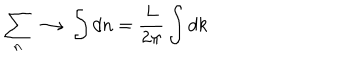
LaTeX: \sum _ { n } \longrightarrow \int d n = \frac { L } { 2 \pi } \int d k